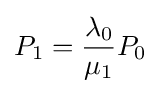
P_{1}={\frac {\lambda _{0}}{\mu _{1}}}P_{0}